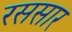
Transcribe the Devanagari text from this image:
रससार